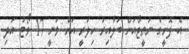
އެ ފޮށީގެ ނަތީޖާއަށް ބަލާއިރު ހިލަރީ އަށް ވަނީ 17 ވޯޓު އަދި